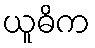
ယူဓိက